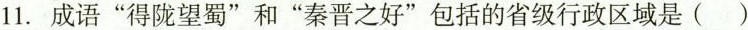
11.成语”得陇望蜀”和”秦晋之好”包括的省级行政区域是()